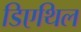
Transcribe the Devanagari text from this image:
डिएथिल